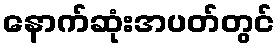
နောက်ဆုံးအပတ်တွင်